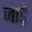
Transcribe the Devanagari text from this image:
जाड़ॅ